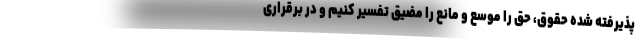
پذیرفته شده حقوق، حق را موسّع و مانع را مضیّق تفسیر کنیم و در برقراری